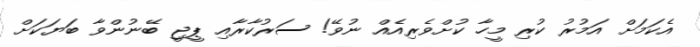
އެކަމަށް އަމުރު ކުރި މީހާ ކުށްވެރިއެއް ނުވޭ! ސަރުކާރާއި ޕީޖީ ބޭނުންވާ ބަޔަކަށް